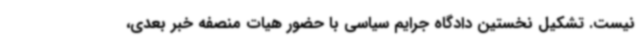
نیست. تشکیل نخستین دادگاه جرایم سیاسی با حضور هیات منصفه خبر بعدی،